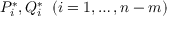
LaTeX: { P } _ { i } ^ { \ast } , { Q } _ { i } ^ { \ast } \; \; ( i = 1 , \dots , n - m )